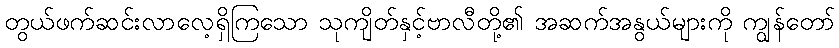
တွယ်ဖက်ဆင်းလာလေ့ရှိကြသော သုကျိတ်နှင့်ဗာလီတို့၏ အဆက်အနွယ်များကို ကျွန်တော်